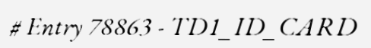
# Entry 78863 - TD1_ID_CARD